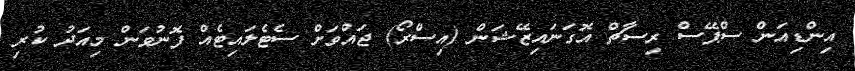
އިންޑިއަން ސްޕޭސް ރިސާޗް އޮގަނައިޒޭޝަން (އިސްރޯ) ޖައްވަށް ސެޓެލައިޓެއް ފޮނުވަން މިއަދު ކުރި